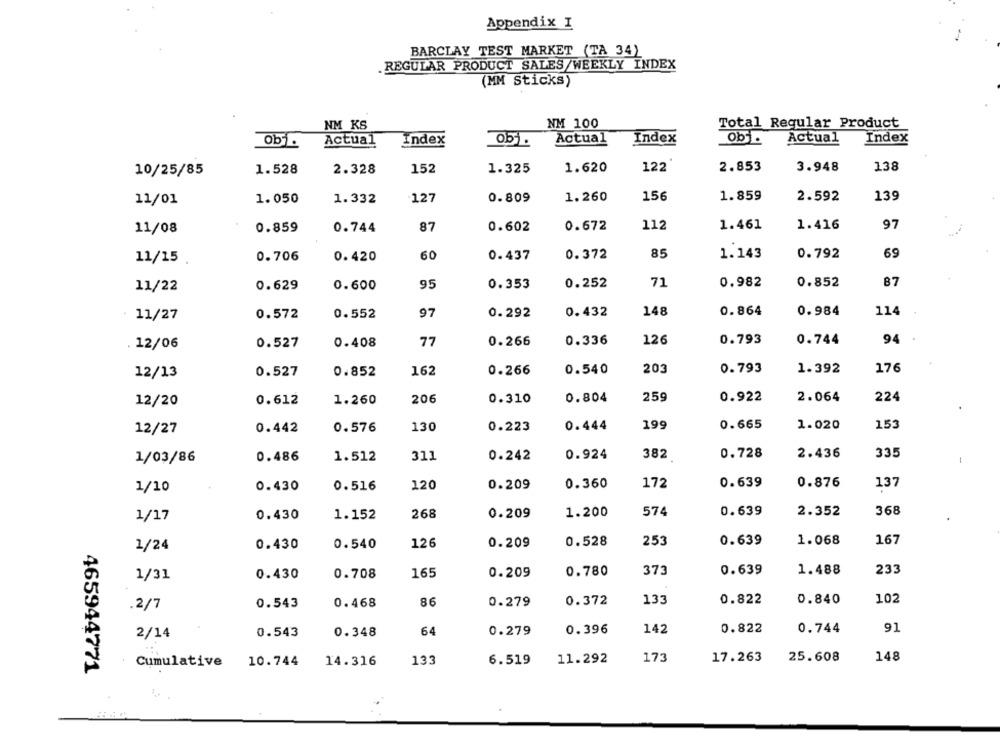
Appendix I
BARCLAY TEST MARKET (TA 34)
.REGULAR PRODUCT SALES/WEEKLY INDEX
(MM Sticks)
NM KS
NM 100
Total Regular Product
Actual
Index
obj.
Actual
Index
Ob
Actual
Index
138
10/25/85
1.528
2.328
152
1.325
1.620
122
2.853
3.948
1.859
139
11/01
1.050
1.332
127
0.809
1.260
156
2.592
112
1.461
1.416
97
11/08
0.859
0.744
87
0.602
0.672
60
0.437
0.372
85
1.143
0.792
69
11/15 .
0.706
0.420
95
0.353
0.252
71
0.982
0.852
87
11/22
0.629
0.600
0.572
0.552
97
0.292
0.432
148
0.864
0.984
114
11/27
. 12/06
0.527
0.408
77
0.266
0.336
126
0.793
0.744
94
176
12/13
0.527
0.852
162
0.266
0.540
203
0.793
1.392
259
0.922
2.064
224
12/20
0.612
1.260
206
0.310
0.804
0.576
130
0.223
0.444
199
0.665
1.020
153
12/27
0.442
0.486
1.512
311
0.242
0.924
382
0.728
2.436
335
1/03/86
1/10
0.430
0.516
120
0.209
0.360
172
0.639
0.876
137
368
1/17
0.430
1.152
268
0.209
1.200
574
0.639
2.352
0.639
1.068
167
1/24
0.430
0.540
126
0.209
0.528
253
373
0.639
1.488
233
1/31
0.430
0.708
165
0.209
0.780
133
0.822
0.840
102
.2/7
0.543
0.468
86
0.279
0.372
64
0.396
142
0.822
0.744
91
2/14
0.543
0.348
0.279
133
11.292
173
17.263
25.608
148
Cumulative 10.744
14.316
6.519
465944771